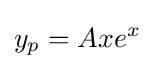
y_{p}=Axe^{x}